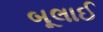
બૂલાઈ